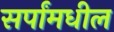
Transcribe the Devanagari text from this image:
सर्पांमधील